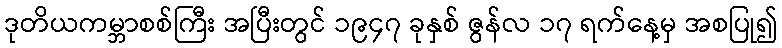
ဒုတိယကမ္ဘာစစ်ကြီး အပြီးတွင် ၁၉၄၇ ခုနှစ် ဇွန်လ ၁၇ ရက်နေ့မှ အစပြု၍